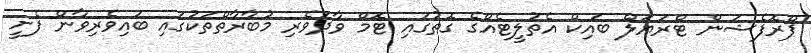
ޕްރޮފެޝަން ޓްރަޔަލް ބައިކް އެތުލީޓެއްގެ ގޮތުގައި ޓޮމް ވާދަވެރި މުބާރާތްތަކުގައި ބައިވެރިވާން ފެށީ